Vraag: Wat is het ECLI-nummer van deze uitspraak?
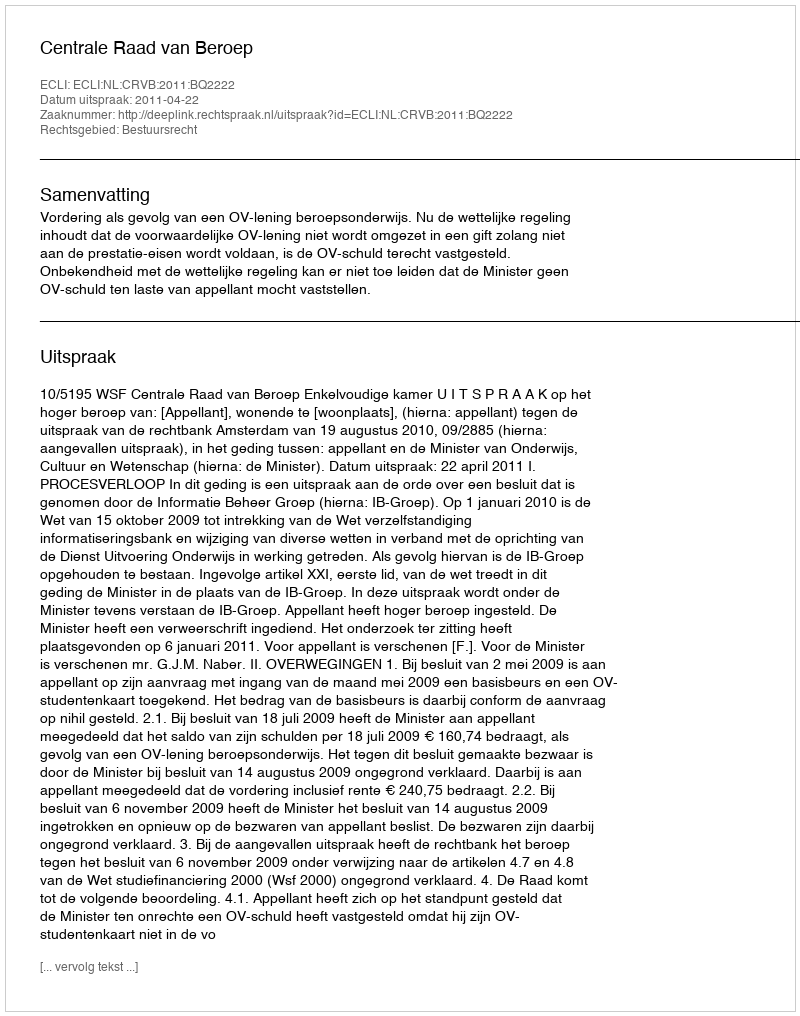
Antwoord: ECLI:NL:CRVB:2011:BQ2222